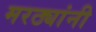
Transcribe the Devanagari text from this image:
मरठ्यांनी